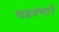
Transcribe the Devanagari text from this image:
चढवणारे